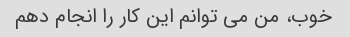
خوب، من می توانم این کار را انجام دهم